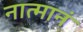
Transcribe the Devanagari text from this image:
नात्मानं